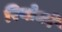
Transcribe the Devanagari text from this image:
रियोको